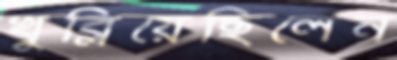
খুব্‌লিয়েছিলেন